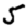
Digit: 5